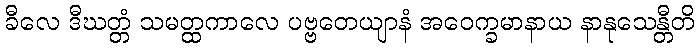
ခီလေ ဒီဃတ္တံ သမတ္ထကာလေ ပဗ္ဗတေယျာနံ အဝေက္ခမာနာယ နာနုသေန္တီတိ